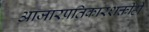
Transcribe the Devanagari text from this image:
आजारप्रतिकारशक्तीही